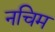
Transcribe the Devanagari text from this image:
नचिम